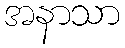
အနာသာ